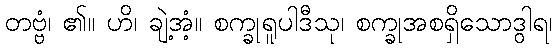
တဗ္ဗံ၊ ၏။ ဟိ၊ ချဲ့အံ့။ စက္ခုရူပါဒီသု၊ စက္ခုအစရှိသောဒွါရ၊